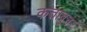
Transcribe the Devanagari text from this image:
कताबुन